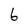
Character: 6